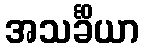
အသင်္ခိယာ